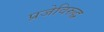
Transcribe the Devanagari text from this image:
प्रजेविरुद्ध